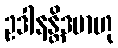
ဥဒါနန္တိဒမာဟု